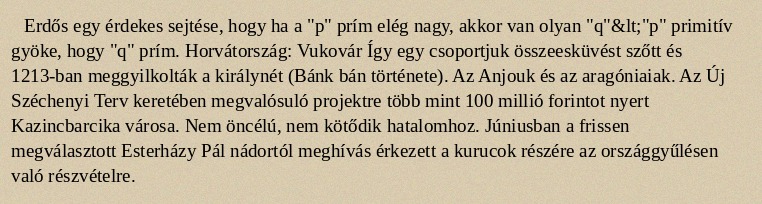
Erdős egy érdekes sejtése, hogy ha a "p" prím elég nagy, akkor van olyan "q"&lt;"p" primitív gyöke, hogy "q" prím. Horvátország: Vukovár Így egy csoportjuk összeesküvést szőtt és 1213-ban meggyilkolták a királynét (Bánk bán története). Az Anjouk és az aragóniaiak. Az Új Széchenyi Terv keretében megvalósuló projektre több mint 100 millió forintot nyert Kazincbarcika városa. Nem öncélú, nem kötődik hatalomhoz. Júniusban a frissen megválasztott Esterházy Pál nádortól meghívás érkezett a kurucok részére az országgyűlésen való részvételre.